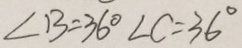
\angle B = 3 6 ^ { \circ } \angle C = 3 6 ^ { \circ }